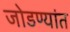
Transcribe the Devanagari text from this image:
जोडण्यांत